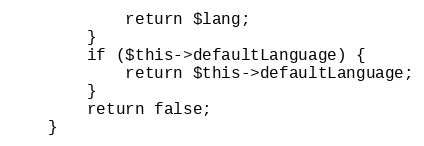
Language: PHP
            return $lang;
        }
        if ($this->defaultLanguage) {
            return $this->defaultLanguage;
        }
        return false;
    }